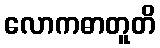
လောကဓာတူတိ